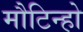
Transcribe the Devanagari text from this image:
मौटिन्हो